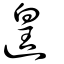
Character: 遑